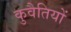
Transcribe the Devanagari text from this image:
कुवैतियों